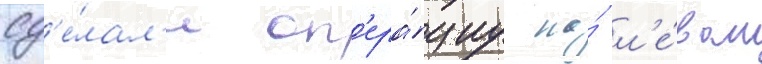
сд'е́лал'и оп'ера́циу на́ л'е́вом